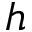
h